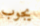
يجوب